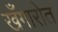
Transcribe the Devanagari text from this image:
खँगारोत